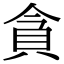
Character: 貪